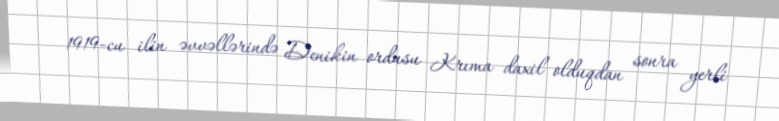
1919-cu ilin əvvəllərində Denikin ordusu Krıma daxil olduqdan sonra yerli